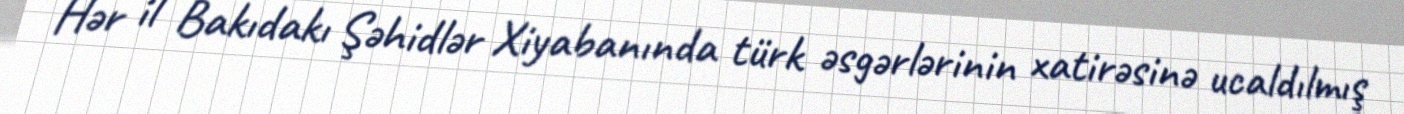
Hər il Bakıdakı Şəhidlər Xiyabanında türk əsgərlərinin xatirəsinə ucaldılmış